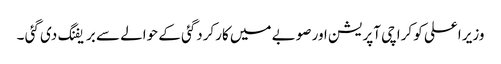
وزیر اعلی کو کراچی آپریشن اور صوبے میں کارکردگئی کے حوالے سے بریفنگ دی گئی ۔